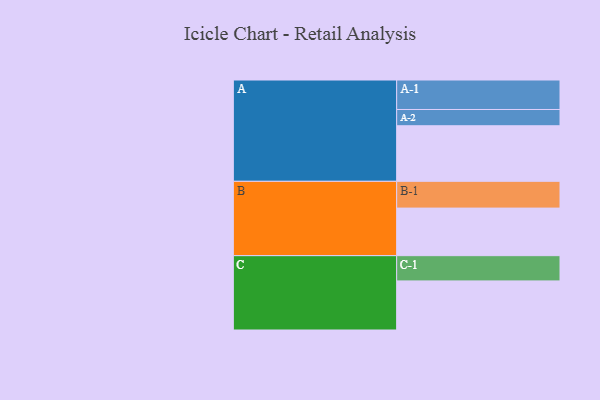
{"axis": {"x": "Segment", "y": "Value"}, "legend": ["", "A", "B", "C"], "data": [{"x": "A", "y": 550, "type": ""}, {"x": "B", "y": 471, "type": ""}, {"x": "C", "y": 486, "type": ""}, {"x": "A-1", "y": 292, "type": "A"}, {"x": "A-2", "y": 161, "type": "A"}, {"x": "B-1", "y": 265, "type": "B"}, {"x": "C-1", "y": 250, "type": "C"}]}